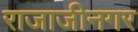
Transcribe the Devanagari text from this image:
राजाजीनगर